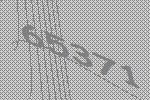
65371